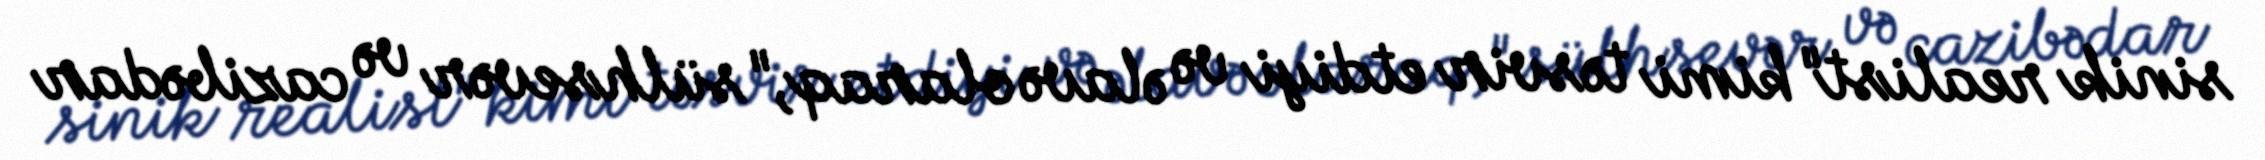
sinik realist" kimi təsvir etdiyi və əlavə olaraq,"sülhsevər və cazibədar